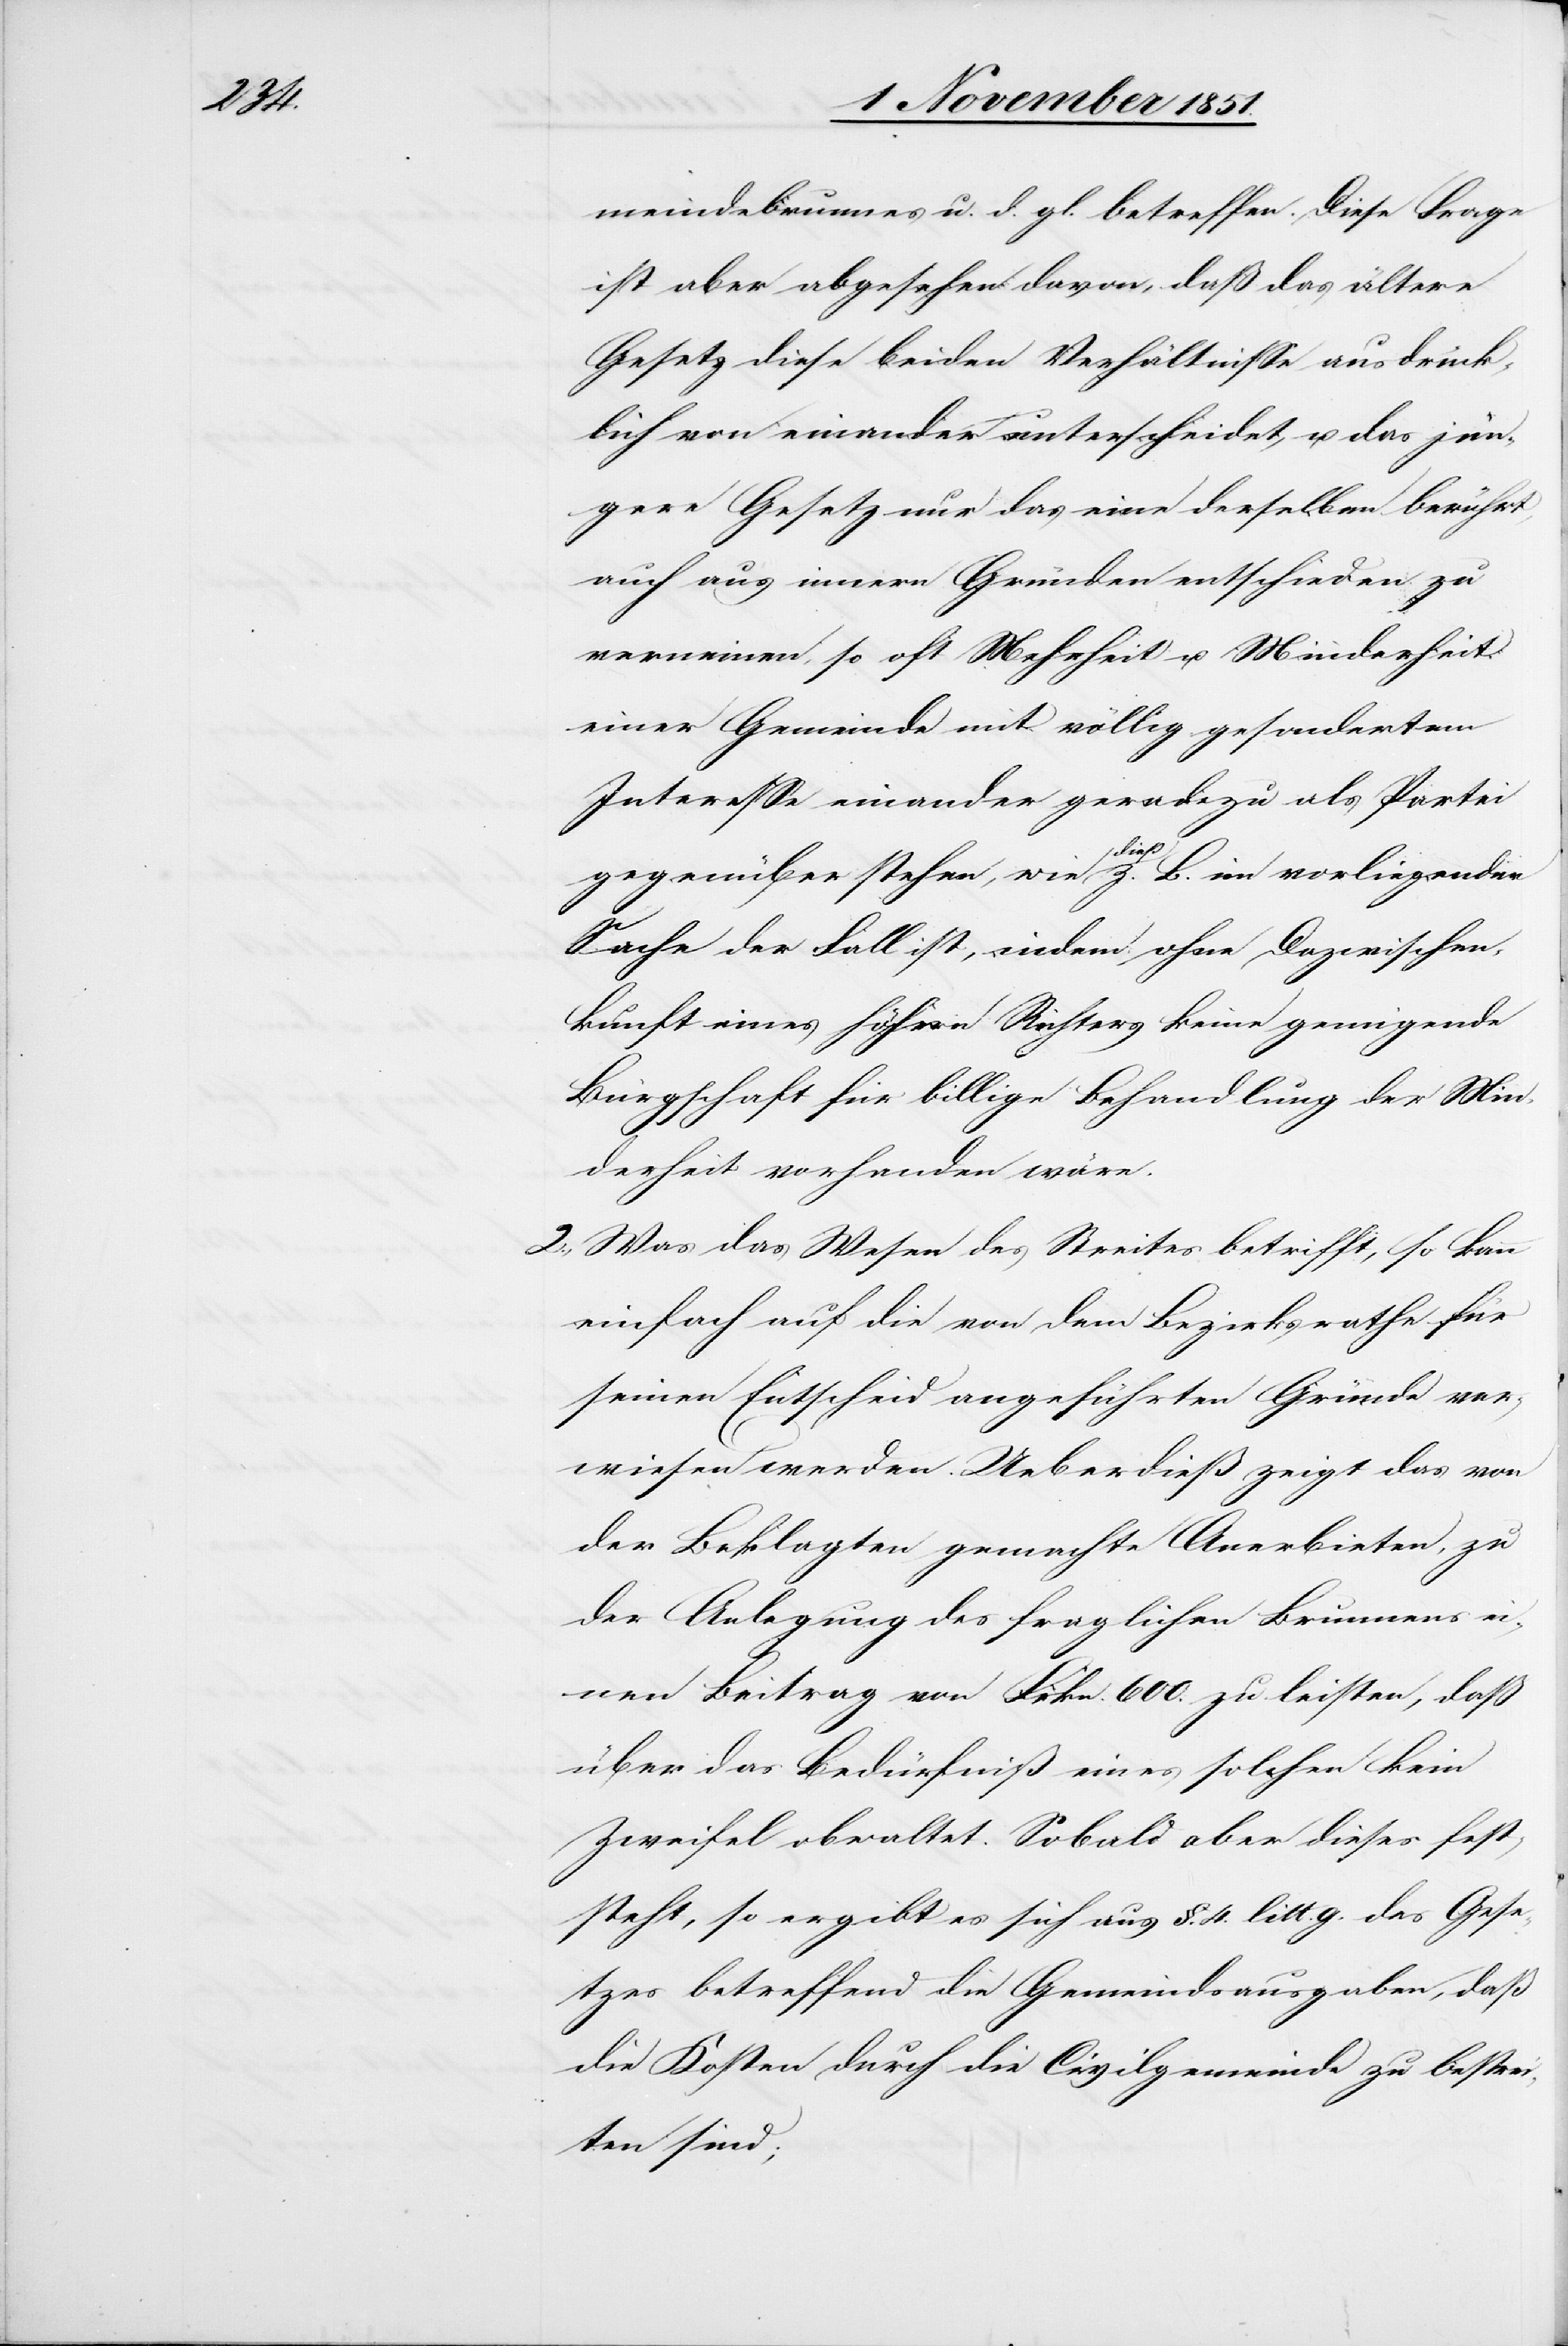
meindebrunne[n]s u. d. gl. betreffen. Diese Frage
ist aber abgesehen davon, daß das ältere
Gesetz diese beiden Verhältnisse ausdrück¬
lich von einander unterscheidet, u. das jün¬
gere Gesetz nur das eine derselben berührt,
auch aus innern Gründen entschieden zu
verneinen, so oft Mehrheit u. Minderheit
einer Gemeinde mit völlig gesondertem
Interesse einander geradezu als Partei
gegenüber stehen, wie dieß z. B. im [sic!] vorliegender
Sache der Fall ist, indem ohne Dazwischen¬
kunft eines höhern Richters keine genügende
Bürgschaft für billige Behandlung der Min¬
derheit vorhanden wäre.
Was das Wesen des Streites betrifft, so kann
einfach auf die von dem Bezirksrathe für
seinen Entscheid angeführten Gründe ver¬
wiesen werden. Ueberdieß zeigt das von
der Beklagten gemachte Anerbieten, zu
der Anlegung des fraglichen Brunnens ei¬
nen Beitrag von Frkn. 600. zu leisten, daß
über das Bedürfniß eines solchen kein
Zweifel obwaltet. Sobald aber dieses fest¬
steht, so ergibt es sich aus §. 4. litt. g. des Gese¬
tzes betreffend die Gemeindsausgaben, daß
die Kosten durch die Civilgemeinde zu bestrei¬
ten sind;